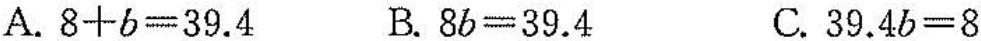
A.$$8+b=39.4$$ B.$$8b=39.4$$ C.$$39.4b=8$$